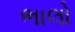
ભાલો